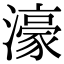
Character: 濠